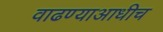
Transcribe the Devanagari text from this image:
वाढण्याआधीच